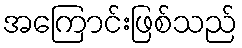
အကြောင်းဖြစ်သည်